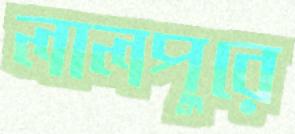
লালপুরে